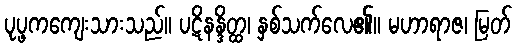
ပုပ္ဖကကျေးသားသည်။ ပဋိနန္ဒိတ္ထ၊ နှစ်သက်လေ၏။ မဟာရာဇ၊ မြတ်